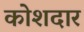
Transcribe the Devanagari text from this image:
कोशदार